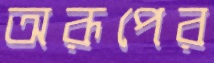
অরূপের